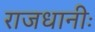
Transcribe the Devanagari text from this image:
राजधानीः